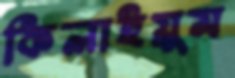
কিলাইয়ুম